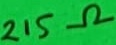
Text: 215Ω